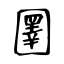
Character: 圛